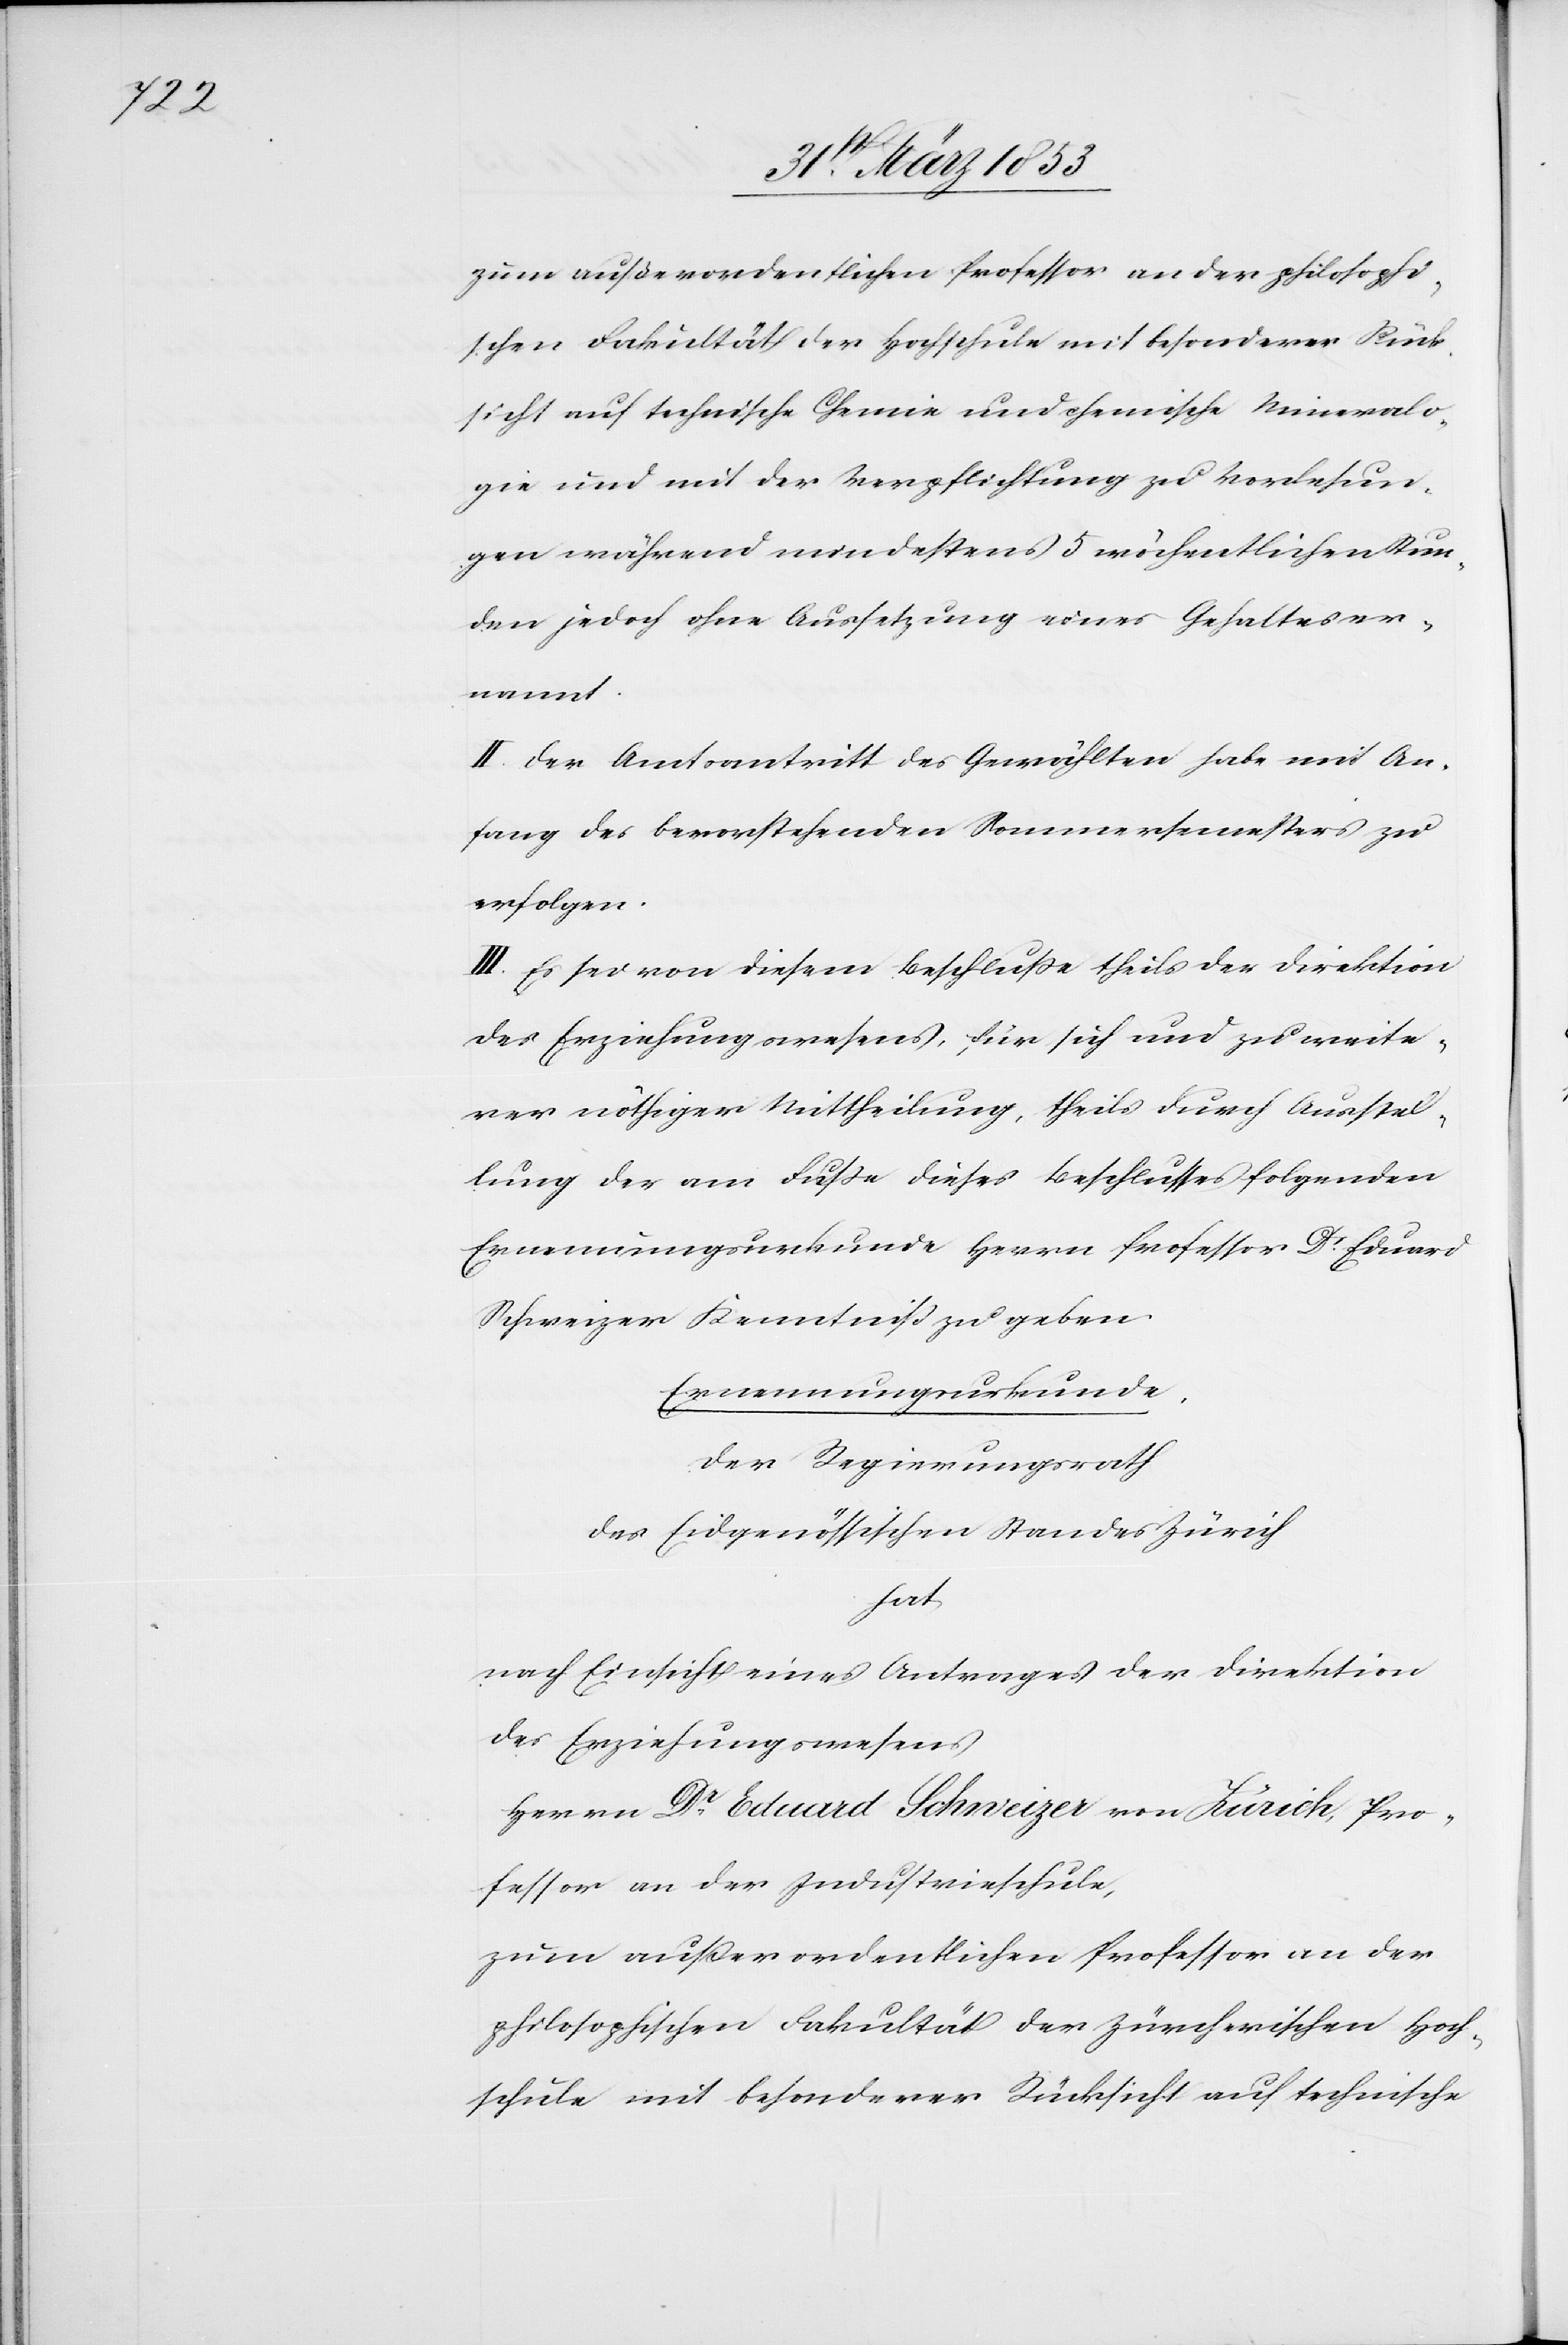
zum außerordentlichen Professor an der philosophi¬
schen Fakultät der Hochschule mit besonderer Rück¬
sicht auf technische Chemie und chemische Mineralo¬
gie und mit der Verpflichtung zu Vorlesun¬
gen während mindestens 5 wöchentlichen Stun¬
den jedoch ohne Aussetzung eines Gehaltes er¬
nannt.
II. Der Amtsantritt des Gewählten habe mit An¬
fang des bevorstehenden Sommersemesters zu
erfolgen.
III. Es sei von diesem Beschluße theils der Direktion
des Erziehungswesens für sich und zu weite¬
rer nöthiger Mittheilung, theils durch Ausstel¬
lung der am Fuße dieses Beschlusses folgenden
Ernennungsurkunde Herrn Professor Dr. Eduard
Schweizer Kenntniß zu geben.
Ernennungsurkunde.
Der Regierungsrath
des Eidgenössischen Standes Zürich
hat
nach Einsicht eines Antrages der Direktion
des Erziehungswesens
Herrn Dr. Eduard Schweizer von Zürich, Pro¬
fessor an der Industrieschule,
zum außerordentlichen Professor an der
philosophischen Fakultät der Zürcherischen Hoch¬
schule mit besonderer Rücksicht auf technische